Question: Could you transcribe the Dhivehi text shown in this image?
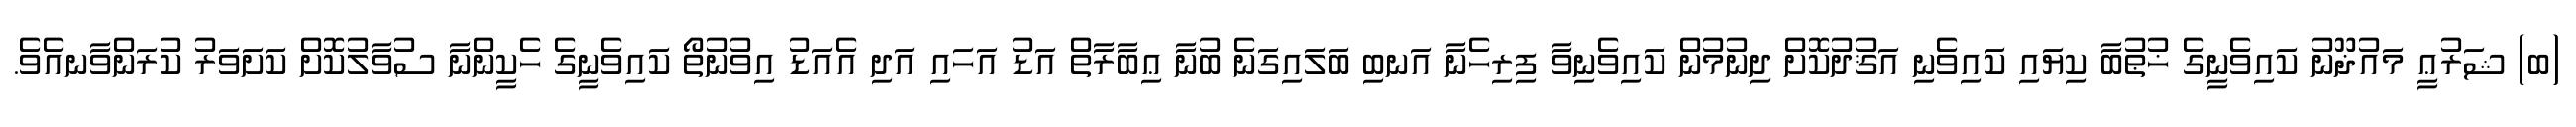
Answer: (ބ) ޝަރުޢީ މައުޛޫނު ކައިވެނީގެ ޚުޠުބާ ކިޔައި ކައިވެނި އަޤުދުކޮށް ދިނުމުން ކައިވެނިވާ ފިރިހެނާ އަނބި ބަލައިގަނެ ބުނާ ޢިބާރާތް އަޑު އަހައި އަދި އެއަޑު އިވުނުތޯ ކައިވެނީގެ ހެކީންނާ ސުވާލުކޮށް ކަށަވަރު ކުރަންވާނއެވެ.